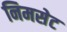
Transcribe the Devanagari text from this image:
निमसेट